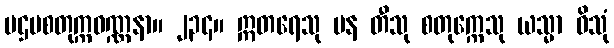
ပဌမစတုက္ကဝဏ္ဏနာ။ ၂၃၄။ ဣတရေသု ပန တီသု စတုက္ကေသု ယသ္မာ ဝိသုံ